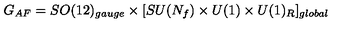
G _ { A F } = S O ( 1 2 ) _ { g a u g e } \times [ S U ( N _ { f } ) \times U ( 1 ) \times U ( 1 ) _ { R } ] _ { g l o b a l }